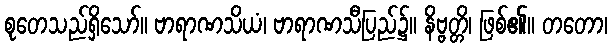
စုတေသည်ရှိသော်။ ဗာရာဏသိယံ၊ ဗာရာဏသီပြည်၌။ နိဗ္ဗတ္တိ၊ ဖြစ်၏။ တတော၊